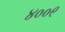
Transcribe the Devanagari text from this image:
४००९